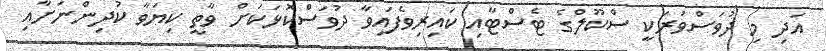
އަދި މި ދުވަސްވަރަކީ ސްކޫލްގެ ޓެސްޓާއި ކައިރިވެފައިވާ ދުވަސްކޮޅަކަށް ވާތީ ކިޔަވާ ކުދިންނަށާއި